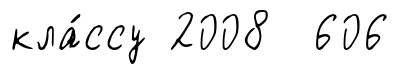
кла́ссу 2008 606